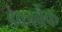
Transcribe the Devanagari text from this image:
डेकाबैंक